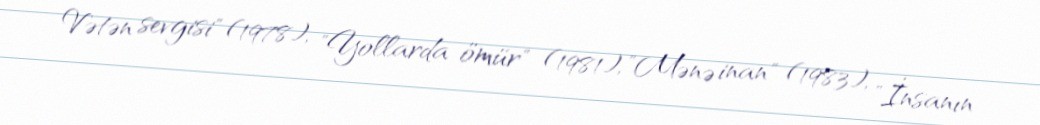
Vətən sevgisi" (1978), "Yollarda ömür" (1981), "Mənə inan" (1983), "İnsanın